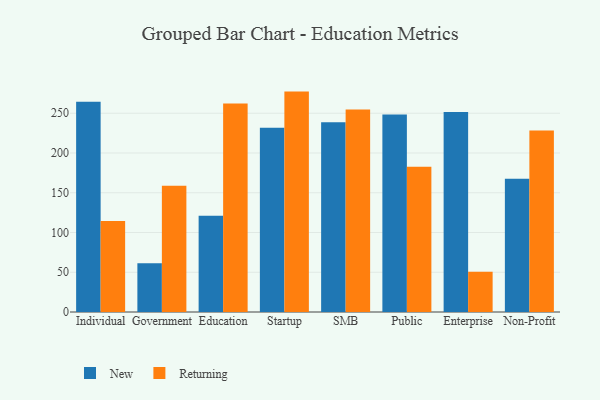
{"axis": {"x": "Segment", "y": "Production Output"}, "legend": ["New", "Returning"], "data": [{"x": "Individual", "y": 264.4, "type": "New"}, {"x": "Individual", "y": 114.6, "type": "Returning"}, {"x": "Government", "y": 61.3, "type": "New"}, {"x": "Government", "y": 158.8, "type": "Returning"}, {"x": "Education", "y": 121.0, "type": "New"}, {"x": "Education", "y": 262.1, "type": "Returning"}, {"x": "Startup", "y": 231.8, "type": "New"}, {"x": "Startup", "y": 277.2, "type": "Returning"}, {"x": "SMB", "y": 238.5, "type": "New"}, {"x": "SMB", "y": 254.8, "type": "Returning"}, {"x": "Public", "y": 248.3, "type": "New"}, {"x": "Public", "y": 182.6, "type": "Returning"}, {"x": "Enterprise", "y": 251.5, "type": "New"}, {"x": "Enterprise", "y": 50.6, "type": "Returning"}, {"x": "Non-Profit", "y": 167.7, "type": "New"}, {"x": "Non-Profit", "y": 228.4, "type": "Returning"}]}